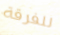
للفرقة